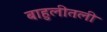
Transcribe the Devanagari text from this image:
बाहुलीतली